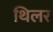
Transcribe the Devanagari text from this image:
थिलर